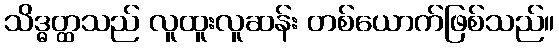
သိဒ္ဓတ္ထသည် လူထူးလူဆန်း တစ်ယောက်ဖြစ်သည်။